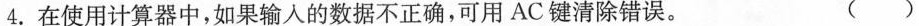
4.在使用计算器中，如果输入的数据不正确，可用AC键清除错误。 ( )